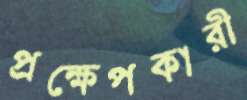
প্রক্ষেপকারী